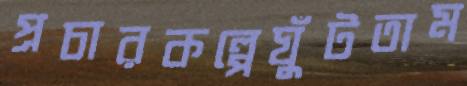
প্রচারকল্পেঘুঁটতাম